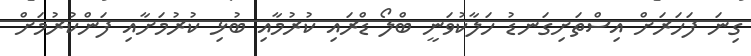
ގިނަ ފަހަރަށް އިސްތަށިގަނޑު ހަލާކުވަނީ ބްލޯ ޑްރައި ކުރުމާއި ބުޅި ކުރުމަށާއި ފަންކުރުމަށް